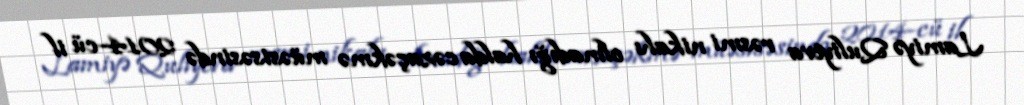
Lamiyə Quliyeva rəsmi nikahı olmadığı halda cəzaçəkmə müəsisəsində 2014-cü il